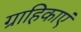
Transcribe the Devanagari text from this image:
ग्राहिकाएं